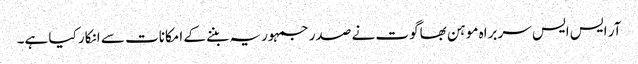
آر ایس ایس سربراہ موہن بھاگوت نے صدر جمہوریہ بننے کے امکانات سے انکار کیا ہے۔